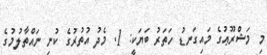
މި މަޝްރޫޢުގެ މައިގަނޑު ހަތަރު ބަޔަކީ: 1. މެދު އުތުރުގެ ކުނި ނައްތާލުމުގެ